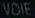
VOIE